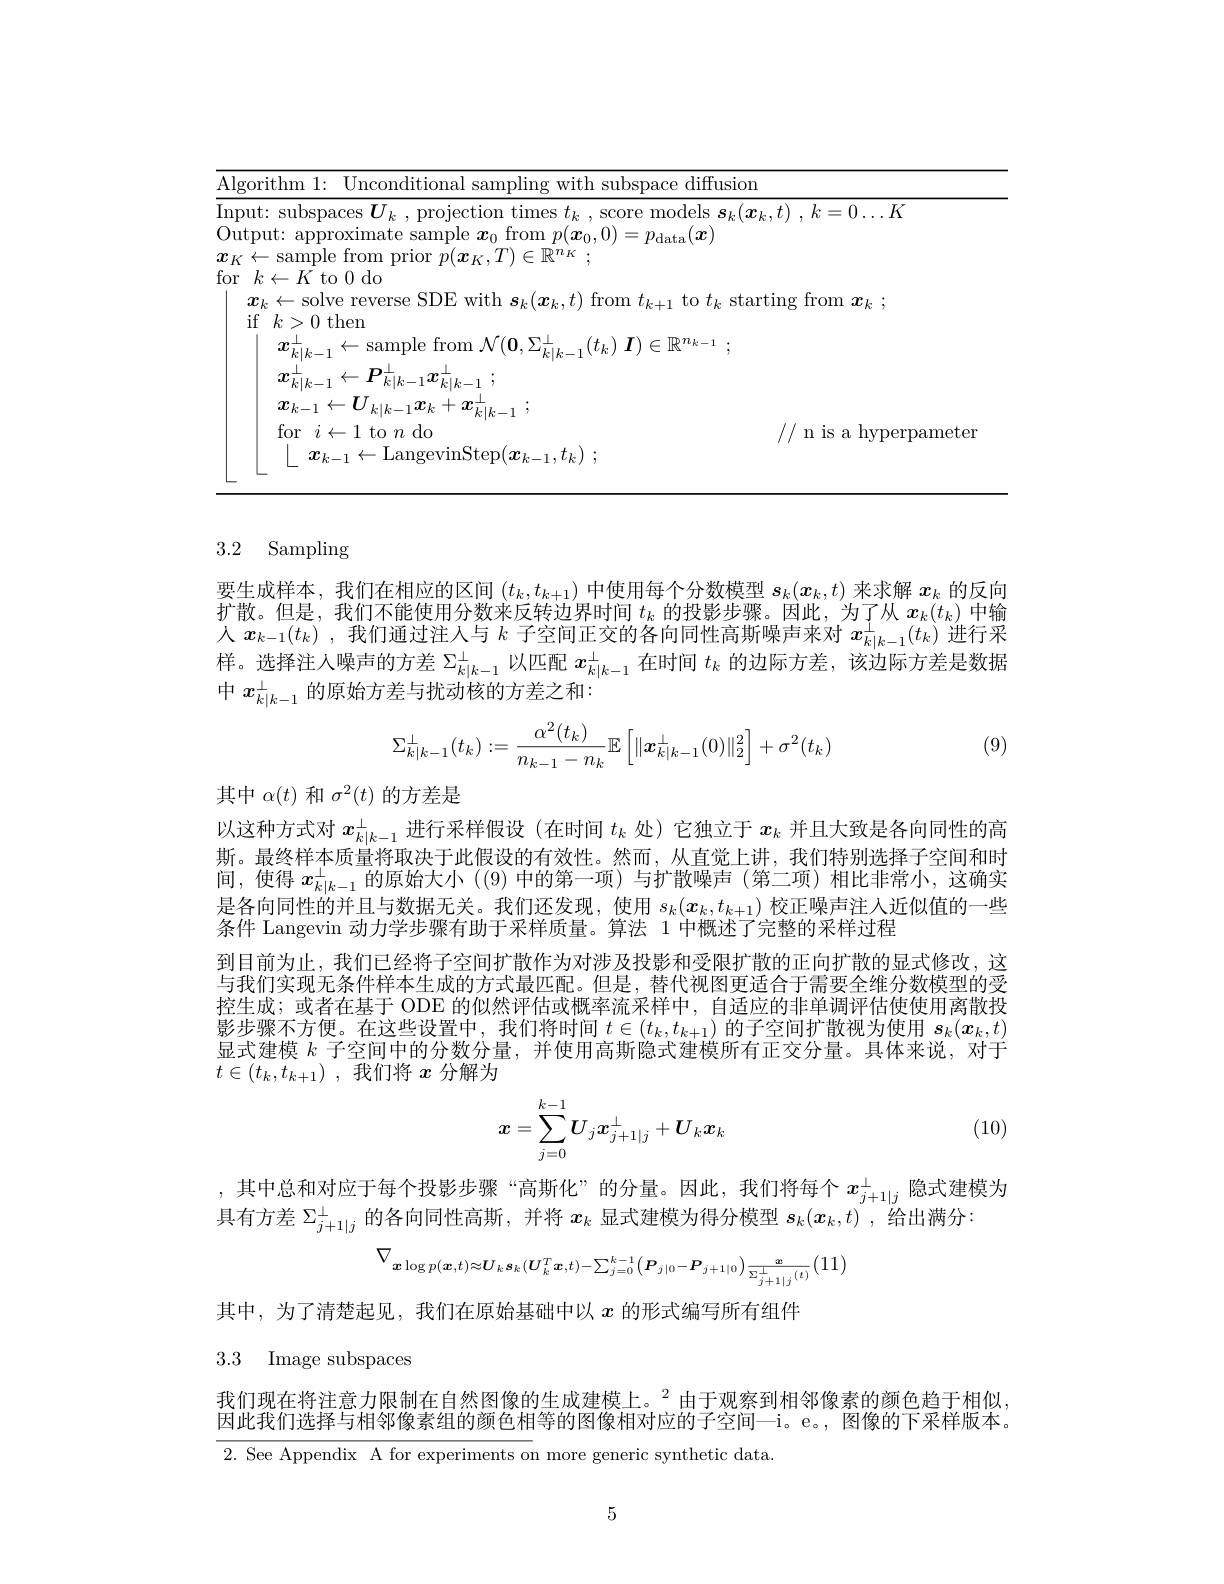
<table>
	<tbody>
		<tr>
			<td>Algorithm 1: Unconditional samnlıng g with subspace $e$diffusior</td>
			<td>$\overline{\mathrm{Alg}}$</td>
			<td>conditional with subspace diffusion</td>
		</tr>
	</tbody>
</table>

## 3.2 Sampling

要生成样本，我们在相应的区间$(t_k,t_{k+1})$中使用每个分数模型$s_k(x_k,t)$来求解$x_k$的反向扩散。但是，我们不能使用分数来反转边界时间$t_k$的投影步骤。因此，为了从$x_k(t_k)$中输人$x_{k-1}(t_k)$ ,我们通过注人与$k$子空间正交的各向同性高斯噪声来对$x_k|_{k-1}^\perp(t_k)$进行采样。选择注人噪声的方差$\Sigma_{k|k-1}^{\perp}$以匹配$x_{k|k-1}^{\perp}$在时间$t_k$的边际方差，该边际方差是数据中$x_{k|k-1}^\perp$的原始方差与扰动核的方差之和：

(9)
$$\Sigma_{k|k-1}^\perp(t_k):=\dfrac{\alpha^2(t_k)}{n_{k-1}-n_k}\mathbb{E}\left[\|\boldsymbol{x}_{k|k-1}^\perp(0)\|_2^2\right]+\sigma^2(t_k)$$
其中$\alpha(t)$和$\sigma^2(t)$的方差是
以这种方式对$x_{k|k-1}^\perp$进行采样假设 (在时间$t_k$处)它独立于$x_k$并且大致是各向同性的高斯。最终样本质量将取决于此假设的有效性。然而，从直觉上讲，我们特别选择子空间和时间，使得 $x_k|k-1^{\perp}$ 的原始大小 ((9) 中的第一项)与扩散噪声 (第二项) 相比非常小，这确实是各向同性的并且与数据无关。我们还发现，使用$s_k(x_k,t_{k+1})$校正噪声注人近似值的一些条件 Langevin 动力学步骤有助于采样质量。算法 1 中概述了完整的采样过程
到目前为止，我们已经将子空间扩散作为对涉及投影和受限扩散的正向扩散的显式修改，这与我们实现无条件样本生成的方式最匹配。但是，替代视图更适合于需要全维分数模型的受控生成；或者在基于 ODE 的似然评估或概率流采样中，自适应的非单调评估使使用离散投影步骤不方便。在这些设置中，我们将时间$t\in(t_k,t_{k+1})$的子空间扩散视为使用$s_k(\boldsymbol{x}_k,t)$ 显式建模$k$子空间中的分数分量，并使用高斯隐式建模所有正交分量。具体来说，对于$t\in ( t_k, t_{k+ 1})$ ,我们将$x$分解为
$$x=\sum_{j=0}^{k-1}U_jx_{j+1|j}^\perp+U_kx_k$$
(10)

,其中总和对应于每个投影步骤“高斯化”的分量。因此，我们将每个$x_j+1|j^\perp$隐式建模为
具有方差$\Sigma_{j+1|j}^{\perp}$的各向同性高斯，并将$x_k$显式建模为得分模型$s_k(\boldsymbol{x}_k,t)$ ,给出满分：
$$\nabla_{\boldsymbol{x}\log p(\boldsymbol{x},t)\approx\boldsymbol{U}_{k}\boldsymbol{s}_{k}(\boldsymbol{U}_{k}^{T}\boldsymbol{x},t)-\sum_{j=0}^{k-1}\left(\boldsymbol{P}_{j|0}-\boldsymbol{P}_{j+1|0}\right)\frac{\boldsymbol{x}}{\Sigma_{j+1|j}^{\perp}(t)}}(11)$$
其中，为了清楚起见，我们在原始基础中以$x$的形式编写所有组件
3.3 Image subspaces

我们现在将注意力限制在自然图像的生成建模上。$^{2}$由于观察到相邻像素的颜色趋于相似， 因此我们选择与相邻像素组的颜色相等的图像相对应的子空间一i。e。, 图像的下采样版本。2. See Appendix A for experiments on more generic synthetic data

5